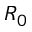
R _ { 0 }